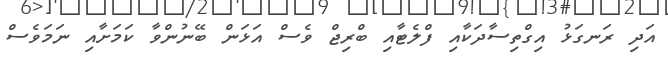
އަދި ރަނގަޅު އިގްތިސާދަކާއި ފްލެޓާއި ބްރިޖް ވެސް އަޅަން ބޭނުންވާ ކަމަށާއި ނަމަވެސް